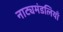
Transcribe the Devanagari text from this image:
नाट्यमंडलियाँ